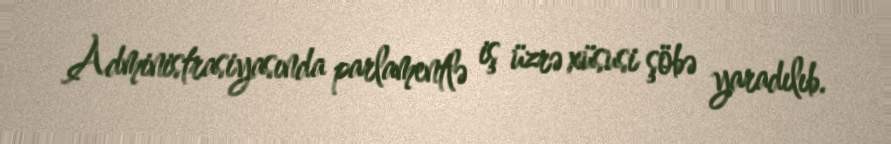
Administrasiyasında parlamentlə iş üzrə xüsusi şöbə yaradılıb.